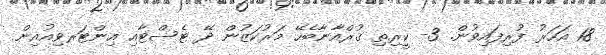
18 އަހަރު ފުރިފައިވުން. 3- ކީރިތި ޤުރްއާނާބެހޭ މަރުކަޒުން ދޭ ޓެސްޓާއި އިންޓަރވިއުއިން